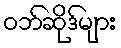
ဝဘ်ဆိုဒ်များ